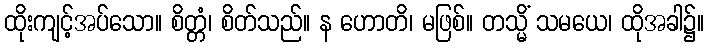
ထိုးကျင့်အပ်သော။ စိတ္တံ၊ စိတ်သည်။ န ဟောတိ၊ မဖြစ်။ တသ္မိံ သမယေ၊ ထိုအခါ၌။